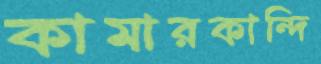
কামারকান্দি